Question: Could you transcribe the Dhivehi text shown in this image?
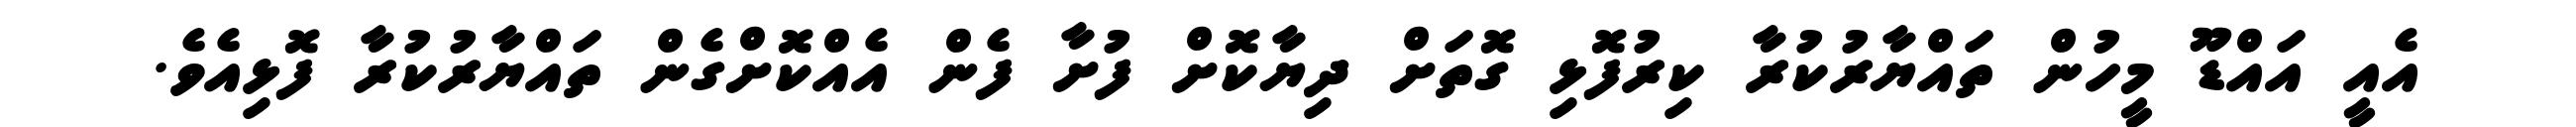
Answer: އެއީ އައްޑޫ މީހުން ތައްޔާރުކުރާ ކިރުފޮޅި ގޮތަށް ދިޔާކޮށް ފުށާ ފެން އެއްކޮށްގެން ތައްޔާރުކުރާ ފޮޅިއެވެ.